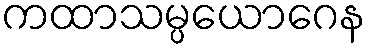
ကထာသမ္ပယောဂေန